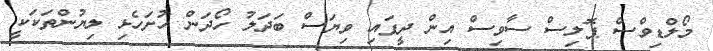
މޯލްޑިވްސް ޕޮލިސް ސާވިސް އިން ދީފައި ވިޔަސް ބަދަލު ހޯދަން ހުށަހެޅި ލިޔުންތަކަކީ